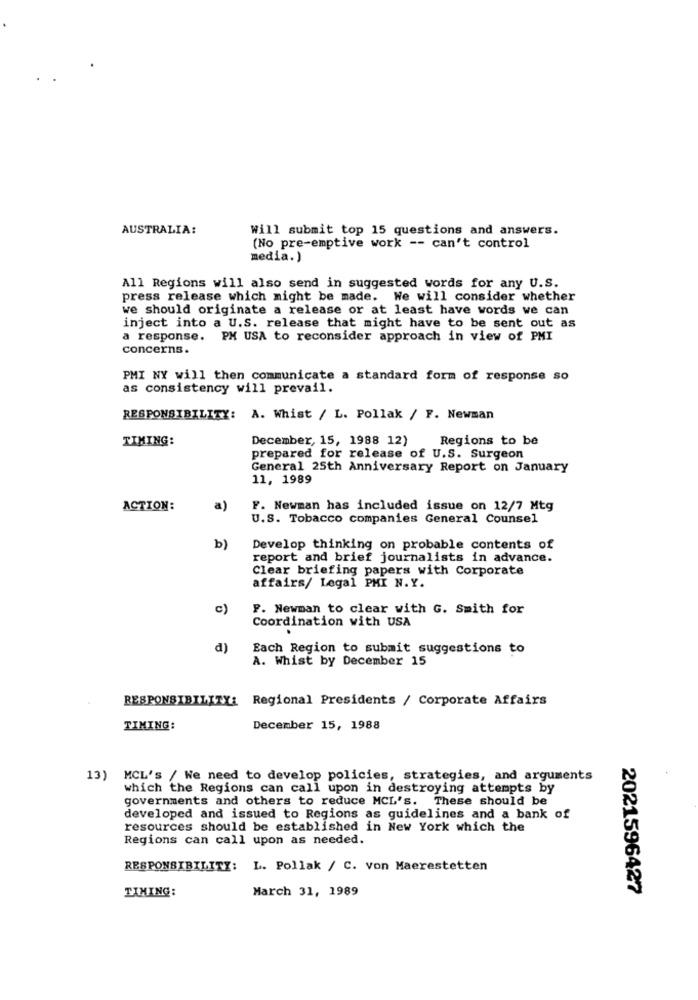
AUSTRALIA:
Will submit top 15 questions and answers.
(No pre-emptive work -- can't control
media.)
All Regions will also send in suggested words for any U.S.
press release which might be made. We will consider whether
we should originate a release or at least have words we can
inject into a U.S. release that might have to be sent out as
a response. PH USA to reconsider approach in view of PMI
concerns.
PMI NY will then communicate a standard form of response so
as consistency will prevail.
RESPONSIBILITY: A. Whist / L. Pollak / F. Newman
TIMING:
December, 15, 1988 12)
Regions to be
prepared for release of U.S. Surgeon
General 25th Anniversary Report on January
11, 1989
ACTION:
a)
F. Newman has included issue on 12/7 Mtg
U.S. Tobacco companies General Counsel
b)
Develop thinking on probable contents of
report and brief journalists in advance.
Clear briefing papers with Corporate
affairs/ Legal PMI N.Y.
c)
F. Newman to clear with G. Smith for
Coordination with USA
d)
Each Region to submit suggestions to
A. Whist by December 15
RESPONSIBILITY: Regional Presidents / Corporate Affairs
TIMING:
December 15, 1988
13) MCL's / We need to develop policies, strategies, and arguments
which the Regions can call upon in destroying attempts by
governments and others to reduce MCL's. These should be
developed and issued to Regions as guidelines and a bank of
resources should be established in New York which the
Regions can call upon as needed.
RESPONSIBILITY: L. Pollak / C. von Maerestetten
March 31, 1989
2021596427
TIMING: